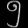
Digit: ၅